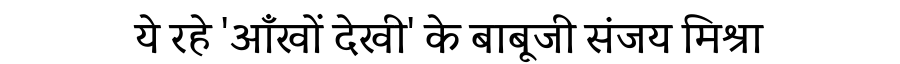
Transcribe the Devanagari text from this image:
ये रहे 'आँखों देखी' के बाबूजी संजय मिश्रा